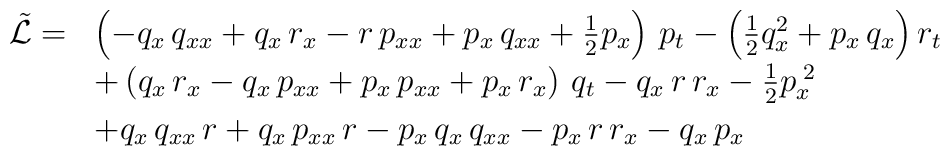
\begin{array}{rl}\tilde{{\cal L}} = & \left( - q_{x} \, q_{xx}  + q_{x} \, r_{x} - r \, p_{xx} + p_{x}\, q_{xx}  + \frac{1}{2} p_{x} \right) \, p_{t}- \left( \frac{1}{2} q_{x}^2 + p_{x} \, q_{x} \right) r_{t} \\[1mm] & + \left(  q_{x} \, r_{x} - q_{x} \, p_{xx} + p_{x} \, p_{xx} + p_{x} \, r_{x} \right) \, q_{t} - q_{x} \, r \, r_{x} - \frac{1}{2} p_{x}^{\;2} \\ [1mm] & + q_{x} \, q_{xx} \, r+ q_{x} \, p_{xx} \, r - p_{x} \, q_{x} \, q_{xx} - p_{x} \, r \, r_{x}- q_{x} \, p_{x} \end{array}